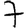
Digit: 7